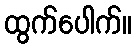
ထွက်ပေါက်။